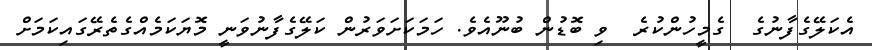
އެކަލޭގެފާނުގެ  ގެމީހުންކުރެ  ވި ބޮޑުން ބުނޫއެވެ. ހަމަކަށަވަރުން ކަލޭގެފާނުވަނީ މޮޔަކަމެއްގެތެރޭގައިކަމަށް